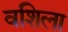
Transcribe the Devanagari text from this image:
वशिला